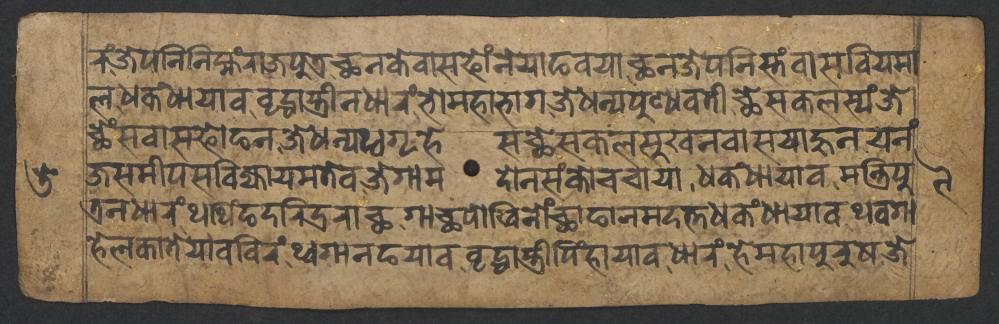
𑐬𑑄𑐖𑐾𑐥𑐣𑐶𑐣𑐶𑐩𑑂𑐴𑑄𑐬𑐵𑐖𑐥𑐸𑐟𑑂𑐬𑐕𑐣𑐎𑐾𑐰𑐵𑐳𑐦𑑀𑑄𑐣𑐾𑐫𑐵𑐒𑐰𑐫𑐵𑐕𑐣𑐖𑐾𑐥𑐣𑐶𑐳𑑂𑐟𑑄𑐰𑐵𑐳𑐧𑐶𑐫𑐩𑐵 𑐕𑐾𑑄𑐳𑐰𑐵𑐳𑐦𑑀𑐒𑐣𑐖𑐾𑐢𑐣𑑂𑐫𑐠𑑂𑐰𑐐𑐺𑐴𑐾𑐳𑐕𑐾𑐳𑐎𑐮𑐳𑐸𑐏𑐣𑐰𑐵𑐳𑐫𑐵𑐴𑐸𑐣𑐫𑐣𑑄 𑐮𑐢𑐎𑑄𑐢𑐵𑐫𑐵𑐰𑐰𑐺𑐡𑑂𑐢𑐵𑐳𑑂𑐟𑑂𑐬𑐷𑐣𑐢𑐵𑐬𑑄𑐨𑑀𑐩𑐴𑐵𑐨𑐵𑐐𑐖𑐾𑐢𑐣𑑂𑐫𑐥𑐸𑐞𑑂𑐫𑐰𑐟𑐷𑐕𑐾𑐳𑐎𑐮𑐳𑑂𑐫𑑄𑐖𑐾 𑐖𑐳𑐩𑐷𑐥𑐳𑐧𑐶𑐖𑑂𑐫𑐵𑐫𑐩𑐟𑐾𑐰𑐖𑐾𑐐𑐵𑐩𑐡𑑀𑐣𑐳𑑄𑐎𑑀𑐔𑐔𑐵𑐫𑐵𑐢𑐎𑑄𑐢𑐵𑐫𑐵𑐰𑐩𑐣𑑂𑐟𑑂𑐬𑐶𑐥𑐸 𑐟𑑂𑐬𑐣𑐢𑐵𑐬𑑄𑐠𑐠𑐶𑑄𑐒𑐡𑐬𑐶𑐡𑑂𑐬𑐬𑐵𑐕𑐐𑐵𑐕𑐥𑑀𑐏𑐶𑐣𑑀𑑄𑐕𑐵𑐒𑐵𑐣𑐩𑐡𑐟𑑂𑐟𑐢𑐎𑑄𑐢𑐵𑐫𑐵𑐰𑐠𑐰𑐐𑐵 𑐴𑐾𑐮𑐎𑐵𑐟𑐾𑐫𑐵𑐰𑐧𑐶𑐬𑑄𑐠𑑂𑐰𑐐𑐵𑐣𑐫𑐒𑐵𑐰𑐰𑐺𑐡𑑂𑐢𑐵𑐳𑑂𑐟𑑂𑐬𑐷𑐥𑐶𑑄𑐴𑐵𑐫𑐵𑐰𑐢𑐵𑐬𑑄𑐴𑐾𑐩𑐴𑐵𑐥𑐸𑐬𑐸𑐲𑐖𑐾